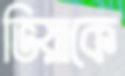
ভিয়াকে